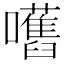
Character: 嚿